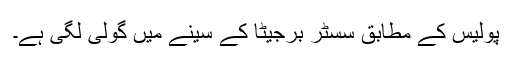
پولیس کے مطابق سسٹر برجیٹا کے سینے میں گولی لگی ہے۔